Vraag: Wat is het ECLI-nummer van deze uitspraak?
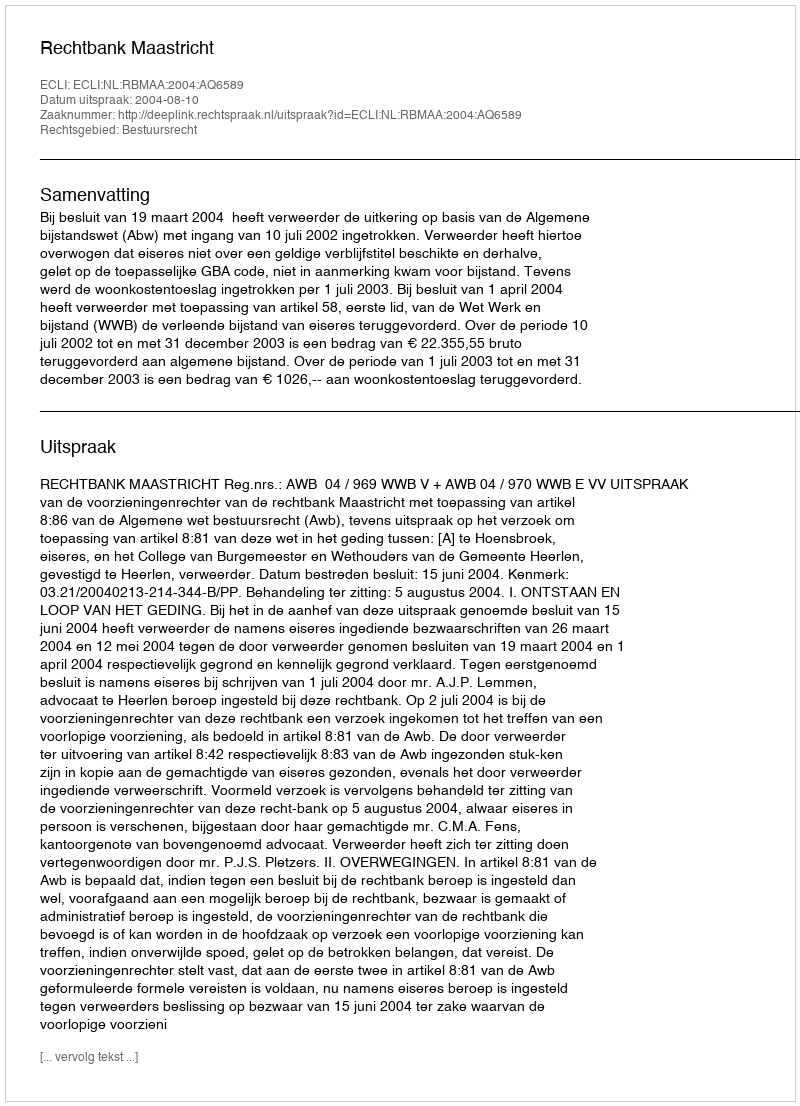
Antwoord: ECLI:NL:RBMAA:2004:AQ6589